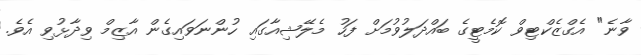
ވާނެ" އެގްޒެކްޓިވް ކޮމެޓީގެ ބައްދަލުވުމަށް ފަހު މެލޭޝިއާގައި ހުންނަވައިގެން އާޒިމް ވިދާޅުވި އެވެ.